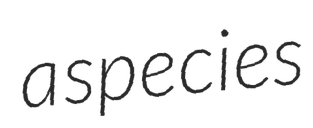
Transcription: a species